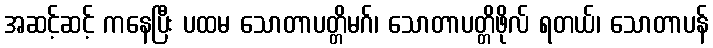
အဆင့်ဆင့် ကနေပြီး ပထမ သောတာပတ္တိမဂ်၊ သောတာပတ္တိဖိုလ် ရတယ်၊ သောတာပန်